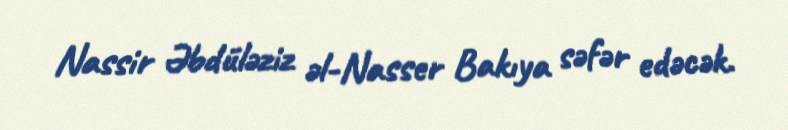
Nassir Əbdüləziz əl-Nasser Bakıya səfər edəcək.